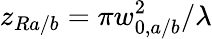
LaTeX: z_{Ra/b}=\pi w_{0,a/b}^{2}/\lambda